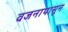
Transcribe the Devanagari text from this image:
वजनापासून